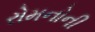
રોમનોની